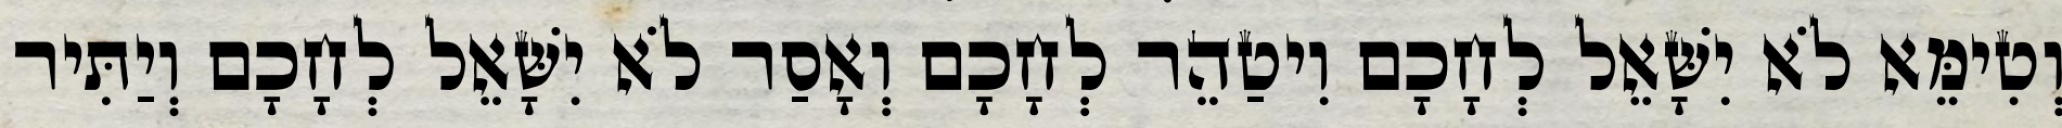
וְטִימֵּא לֹא יִשָּׁאֵל לְחָכָם וִיטַהֵר לְחָכָם וְאָסַר לֹא יִשָּׁאֵל לְחָכָם וְיַתִּיר